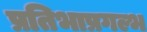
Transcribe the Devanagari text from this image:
प्रतिभाप्रगल्भ